system: You are a helpful assistant.
user:
Analyze the provided spectrum to determine if it is a **"Cataclysmic Variables (CV)"**.

- **Key Indicators for CV (Check for either state):**
    - **State 1: Quiescent / Low-State (Emission-Dominated)**
        - **(Primary):** Strong and *very broad* Hydrogen Balmer emission lines (e.g., $H\alpha$ at 6563 Å, $H\beta$ at 4861 Å). The 'broadness' (high velocity dispersion, often FWHM > 1000 km/s) is the key diagnostic, indicating a high-velocity accretion disk.
        - **(Secondary):** Broad neutral Helium (He I) emission lines (e.g., 5876 Å, 6678 Å).
        - **(Key Confirmation):** Presence of high-excitation *ionized* Helium (He II) emission at 4686 Å. This is a strong indicator of accretion onto a white dwarf.
        - **(Line Profile):** Emission lines may exhibit a 'double-peaked' profile, which is a classic signature of a rotating accretion disk viewed at high inclination.

    - **State 2: Outburst / High-State (Absorption-Dominated)**
        - **(Primary):** Spectrum is dominated by a bright, blue continuum (looks like a hot star).
        - **(Secondary):** The emission lines from State 1 are weak, absent, or 'filled in', and are replaced by broad, shallow *absorption* lines (primarily Balmer and He I).
        - **(Morphology):** The overall spectrum mimics a hot B/A-type star. The crucial difference is that the absorption lines are significantly broader, shallower, and more 'washed-out' (or 'smeared') than the sharp lines of a normal stellar photosphere, due to high rotational speeds and pressure broadening in the disk.

Think first, call **spectral_visualization_tool** if needed to examine features in detail, then provide your final answer. Your response must adhere to the following strict rules:
1.  **Overall Structure:** Your response must follow the format `<think>...</think> <tool_call>...</tool_call> (if a tool is used) <answer>...</answer>`.
2.  **Tool Usage Constraint:** You may only make **one** tool call per turn.
3.  **Final Answer Format:** In the `<answer>` tag, your conclusion must be inside a `\boxed{}` command (e.g., `\boxed{YES}`), followed by your justification.

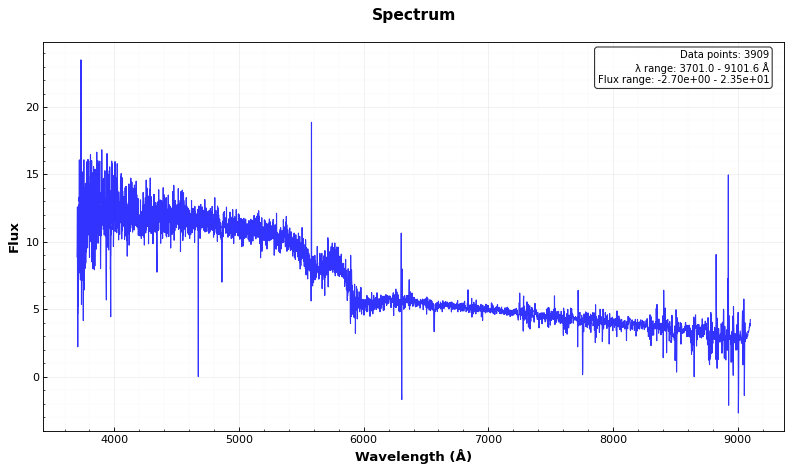
Answer: NO